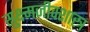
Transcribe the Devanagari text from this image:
सुक्ष्मजीवशास्त्र